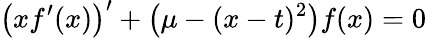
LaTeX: \left(xf^{\prime}(x)\right)^{\prime}+\left(\mu-(x-t)^{2}\right)f(x)=0